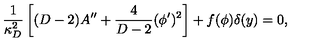
{ \frac { 1 } { \kappa _ { D } ^ { 2 } } } \left[ ( D - 2 ) A ^ { \prime \prime } + { \frac { 4 } { D - 2 } } ( \phi ^ { \prime } ) ^ { 2 } \right] + f ( \phi ) \delta ( y ) = 0 ,